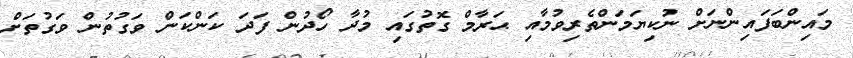
މައިންބަފައިންނަށް ނުކިޔަމަންތެރިވުމާއި ޙަރާމް ގޮތުގައި މުދާ ހޯދުން ފަދަ ކަންކަން ވަގުތުން ވަގުތަށް